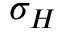
\sigma _ { H }